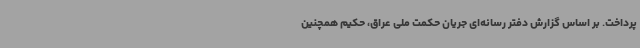
پرداخت. بر اساس گزارش دفتر رسانه‌ای جریان حکمت ملی عراق، حکیم همچنین